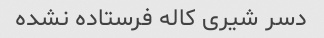
دسر شیری کاله فرستاده نشده